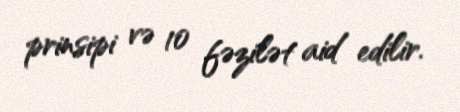
prinsipi və 10 fəzilət aid edilir.